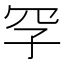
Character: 𪞐